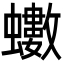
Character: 𮕍